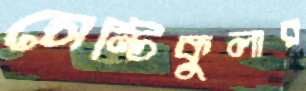
সেন্টিকুলার